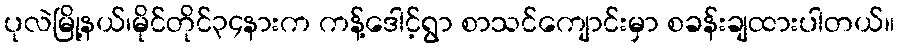
ပုလဲမြို့နယ်၊မိုင်တိုင်၃၄နားက ကန့်ဒေါင့်ရွာ စာသင်ကျောင်းမှာ စခန်းချထားပါတယ်။